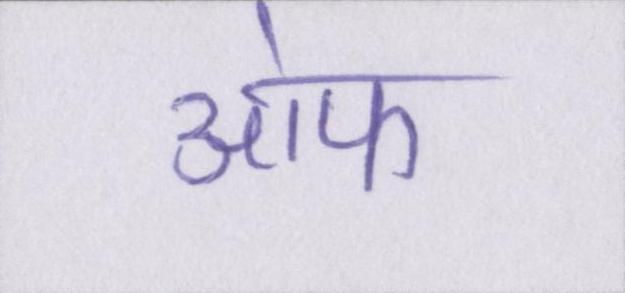
आ॓फ